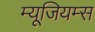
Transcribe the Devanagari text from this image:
म्यूजियम्स